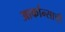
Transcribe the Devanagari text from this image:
आर्कान्साची